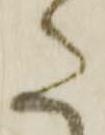
た